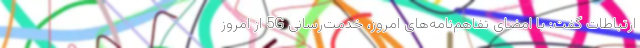
ارتباطات گفت: با امضای تفاهم‌نامه‌های امروز، خدمت‌رسانی 5G از امروز